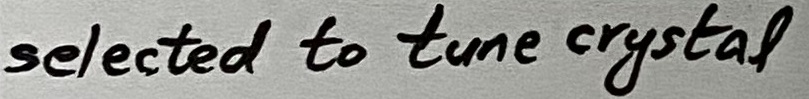
Text: selected to tune crystal